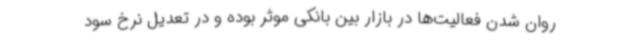
روان شدن فعالیت‌ها در بازار بین بانکی موثر بوده و در تعدیل نرخ سود